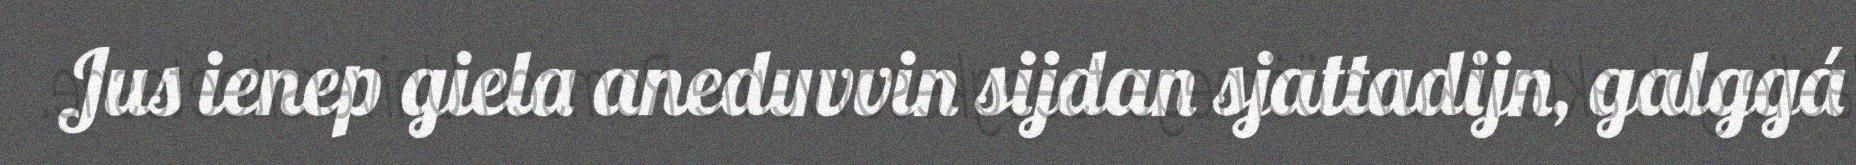
Jus ienep giela aneduvvin sijdan sjattadijn, galggá